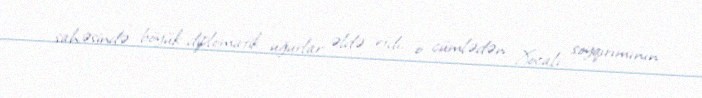
sahəsində böyük diplomatik uğurlar əldə etdi, o cümlədən Xocalı soyqırımının